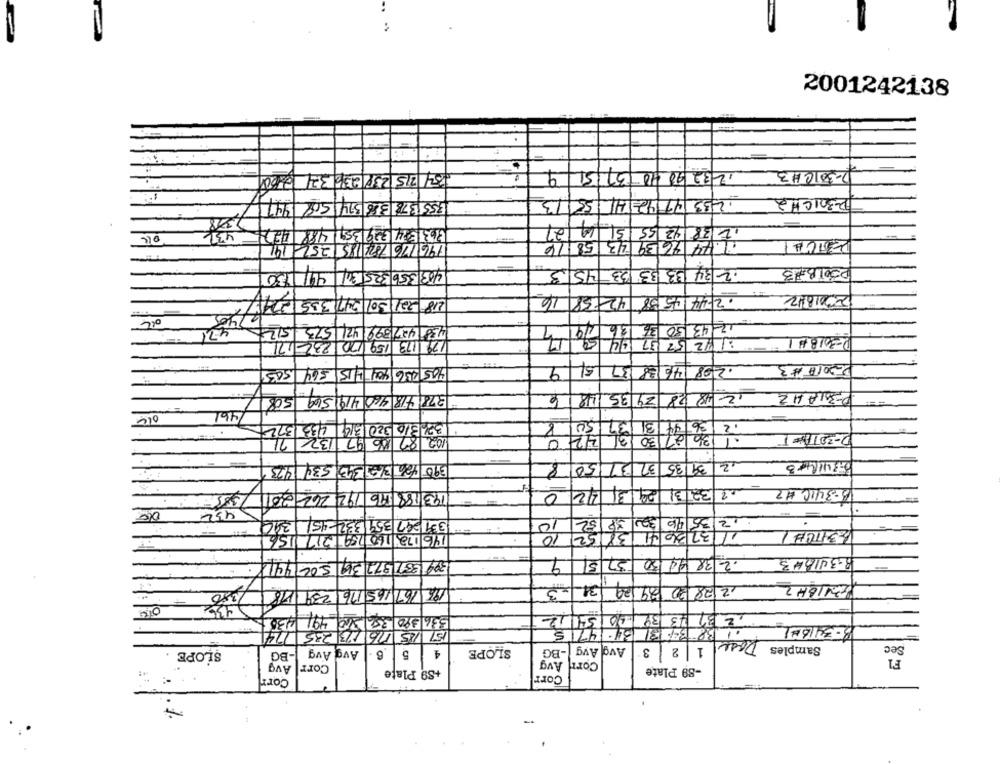
2001242138
9
15L
12 32 90 410 137
D-30ICH3
13
.55
233 41 42-141
2-301CH 2
947
3551378 388 374150
43f
2 38 42 55 51 19 21
2631E 14 229 3591 488
196176 7823185 252 141
1.74 16 39 43 58 14
PESTCA
44/ 1130
463 356 3251341
453
12 34 33 33 133
P3018-13
16
42-58
2444538
2001812
218 221 301 547 335 2277
512
438 427399 421 573
1243 50 36 36 14
179 173 159 170 232 171
144
: 72 52 37
51
37
.298 46 88
-2017 #3
503
405 436 404 215 564
9
378 418 460 4191549
12 18 28 24 35 148
P.30LA HZ
1508
/461
4331372
7 376 320 374
8
50
12
421
30 /31
2-30 THYe T
87 86 97 132 71
102
534 1473
390 +26 31: 313
8
32 37:50
39135
2
3-341/4-3
12/32/31 24 31 42
18-3410 #2
193 188 196 192 262 3011
0
432
331 247 359 332-451
36/32
12/35 96 32
346
10
.
10
52
1 37 36 41
2 38 44 30 37 5
394 3371 377 319 502 441
9
8-341BH3
1-3
/31
2 28 0 89129
RICH
350
195 167 165 176 239 118
336 390 356 360 491 430-
,231 43 39 60 54 12
18 - 34 16
151 /25 116 173 235 1741
3834 131 34-4715
Dose
Avg Avg
4
SLOPE
-BG
Avg Avg
1 |2 3
Samples
Sec
SLOPE
-BG
6
5
Avg
Corr
Corr Avg
F1
+89 Plate
-89 Plate
Corr
Corr